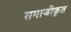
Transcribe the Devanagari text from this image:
समाजीकृत